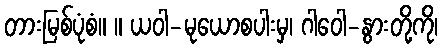
တားမြစ်ပုံစံ။ ။ ယဝါ-မုယောစပါးမှ၊ ဂါဝေါ-နွားတို့ကို၊